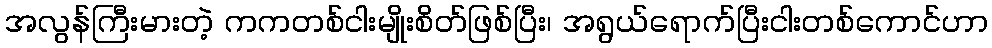
အလွန်ကြီးမားတဲ့ ကကတစ်ငါးမျိုးစိတ်ဖြစ်ပြီး၊ အရွယ်ရောက်ပြီးငါးတစ်ကောင်ဟာ